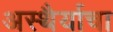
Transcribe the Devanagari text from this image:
अस्थैर्याचा